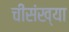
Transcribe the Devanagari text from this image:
चीसंख्या